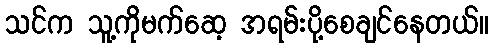
သင်က သူ့ကိုမက်ဆေ့ အရမ်းပို့စေချင်နေတယ်။